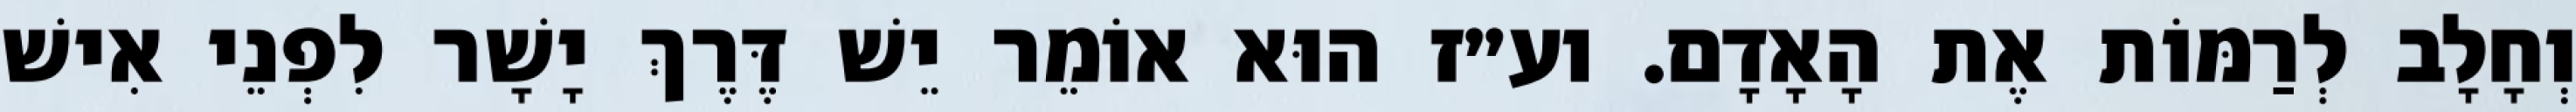
וְחָלָב לְרַמּוֹת אֶת הָאָדָם. וע״ז הוּא אוֹמֵר יֵשׁ דֶּרֶךְ יָשָׁר לִפְנֵי אִישׁ